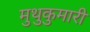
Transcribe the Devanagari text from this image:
मुथुकुमारी